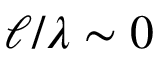
\ell / \lambda \sim 0